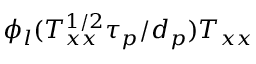
\phi _ { l } ( T _ { x x } ^ { 1 / 2 } \tau _ { p } / d _ { p } ) T _ { x x }